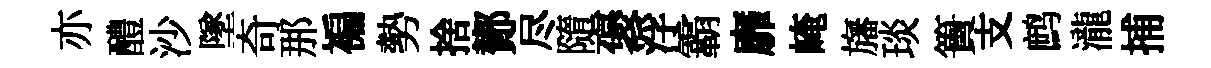
亦醴沙墜奇那褊勢捨鄼尽隨褒浮霸靡崦旛琰簣支鹧瀧捕